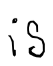
Text: is
Cross-out: clean
Writing tool: digital_black